65_HS1-834228961_62-HQ-83894_Section_1
Agency: FBI
Page 171
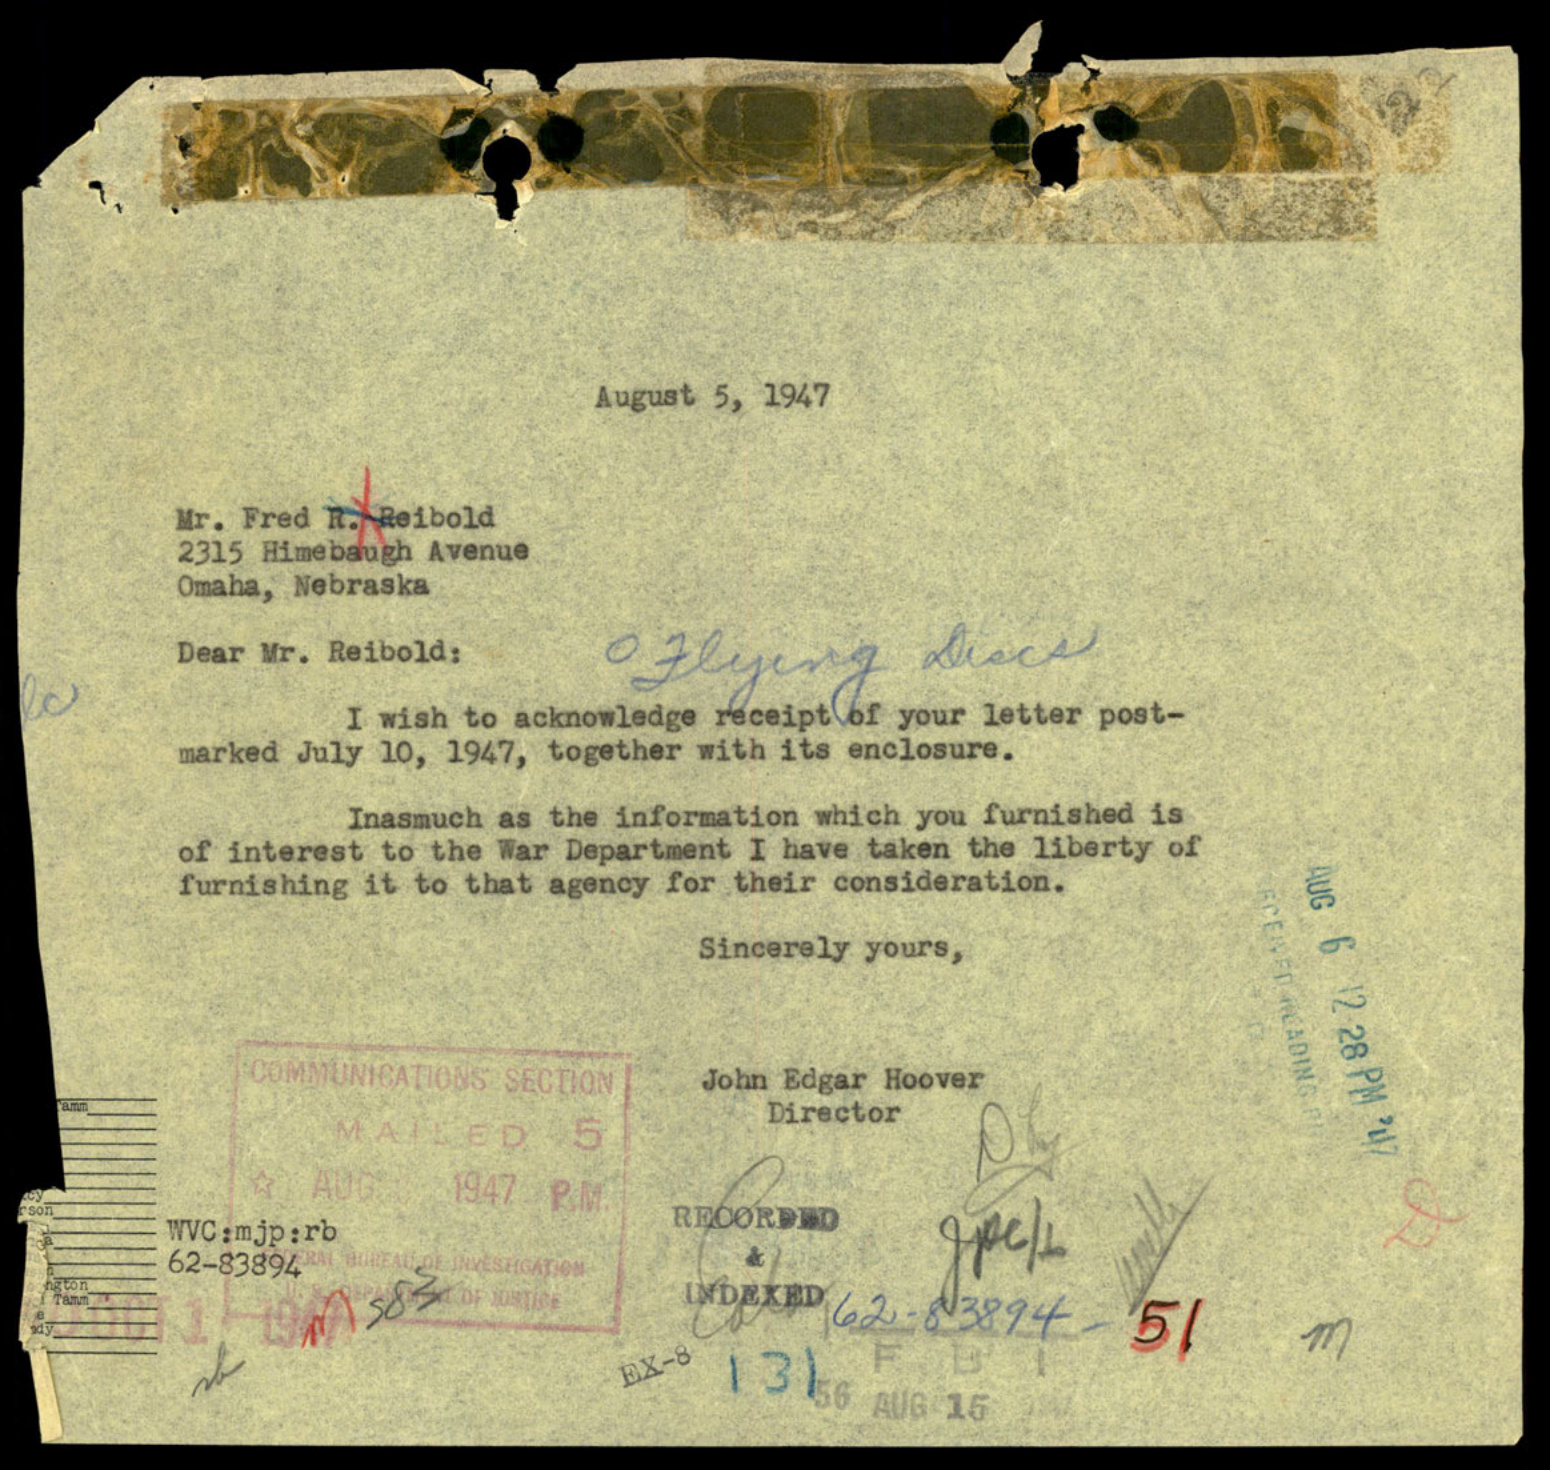